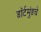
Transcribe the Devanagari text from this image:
डॉर्टमुंडचे